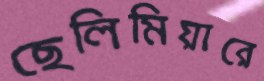
ছেলিমিয়ারে